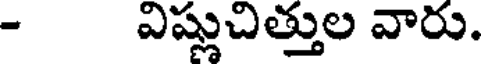
- విష్లుచిత్తుల వారు.